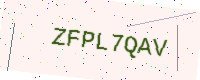
Text: ZFPL7QAV